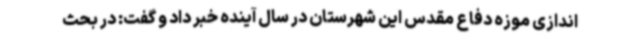
اندازی موزه دفاع مقدس این شهرستان در سال آینده خبر داد و گفت: در بحث